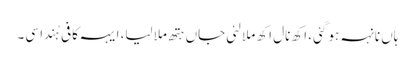
ہاں نانہہ ہو گئی، اکھ نال اکھ ملا لئی جاں ہتھ ملا لیا، ایہہ کافی ہُندا سی۔